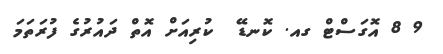
9 8 އޮގަސްޓް ގއ. ކޮނޑޭ  ކުރިއަށް އޮތް ދައުރުގެ ފުރަތަމަ